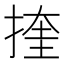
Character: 㨒